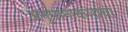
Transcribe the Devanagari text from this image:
अनुमानाकाराचा